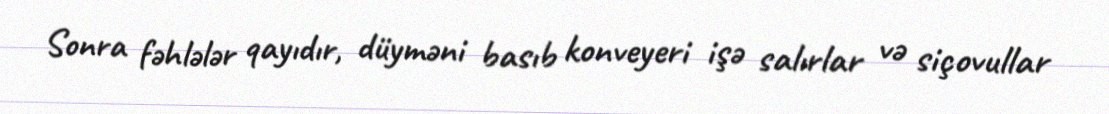
Sonra fəhlələr qayıdır, düyməni basıb konveyeri işə salırlar və siçovullar